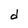
Character: d